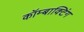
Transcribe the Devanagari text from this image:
कॉम्बाक्टिंग